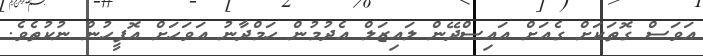
އަވަސް ގޮތަކަށް ގެއަށް އައިސްދޭން ލައިޒަލް އެދުމުން ހަމްދާނު އަވަހަށް އޮފީހުން ނުކުތެވެ.